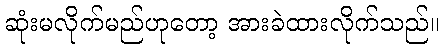
ဆုံးမလိုက်မည်ဟုတော့ အားခဲထားလိုက်သည်။